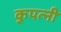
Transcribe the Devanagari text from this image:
कुपत्नी